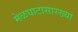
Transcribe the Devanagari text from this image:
मेळघाटासारख्या